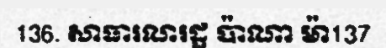
136. សាធារណរដ្ឋ ប៉ាណា ម៉ា137